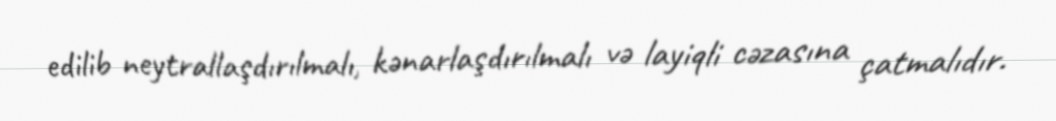
edilib neytrallaşdırılmalı, kənarlaşdırılmalı və layiqli cəzasına çatmalıdır.